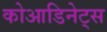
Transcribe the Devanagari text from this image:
कोआडिनेट्स